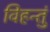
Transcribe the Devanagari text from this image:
विहन्तुं